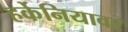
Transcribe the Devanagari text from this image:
हर्केनियावर